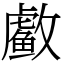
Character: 䲣